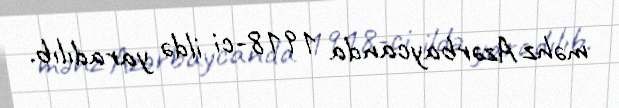
məhz Azərbaycanda 1918-ci ildə yaradılıb.